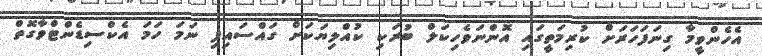
އެހެންވީމާ ގިނަފަހަރަށް ކުރިމަތީގައި އޮންނަވެހިކަލް ބުރަކި ކުއްލިޔަކަށް ގައްސައިފި ނަމަ ހަމަ އެކްސިޑެންޓްވާގޮތް